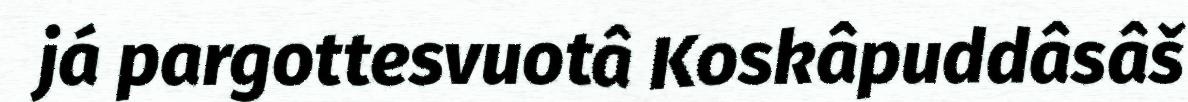
já pargottesvuotâ Koskâpuddâsâš